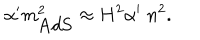
LaTeX: \alpha ^ { \prime } m _ { \mathrm { A d S } } ^ { 2 } \approx H ^ { 2 } \alpha ^ { \prime } \; n ^ { 2 } .